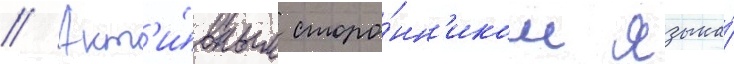
// Акт'и́вным сторо́нн'иком языка́